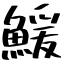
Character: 鰀